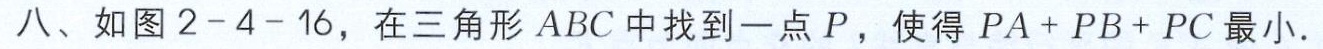
八、如图2-4-16，在三角形 \(ABC\) 中找到一点 \(P\)，使得 \(PA + PB + PC\) 最小.